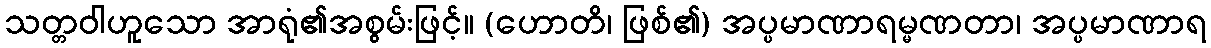
သတ္တဝါဟူသော အာရုံ၏အစွမ်းဖြင့်။ (ဟောတိ၊ ဖြစ်၏) အပ္ပမာဏာရမ္မဏတာ၊ အပ္ပမာဏာရ